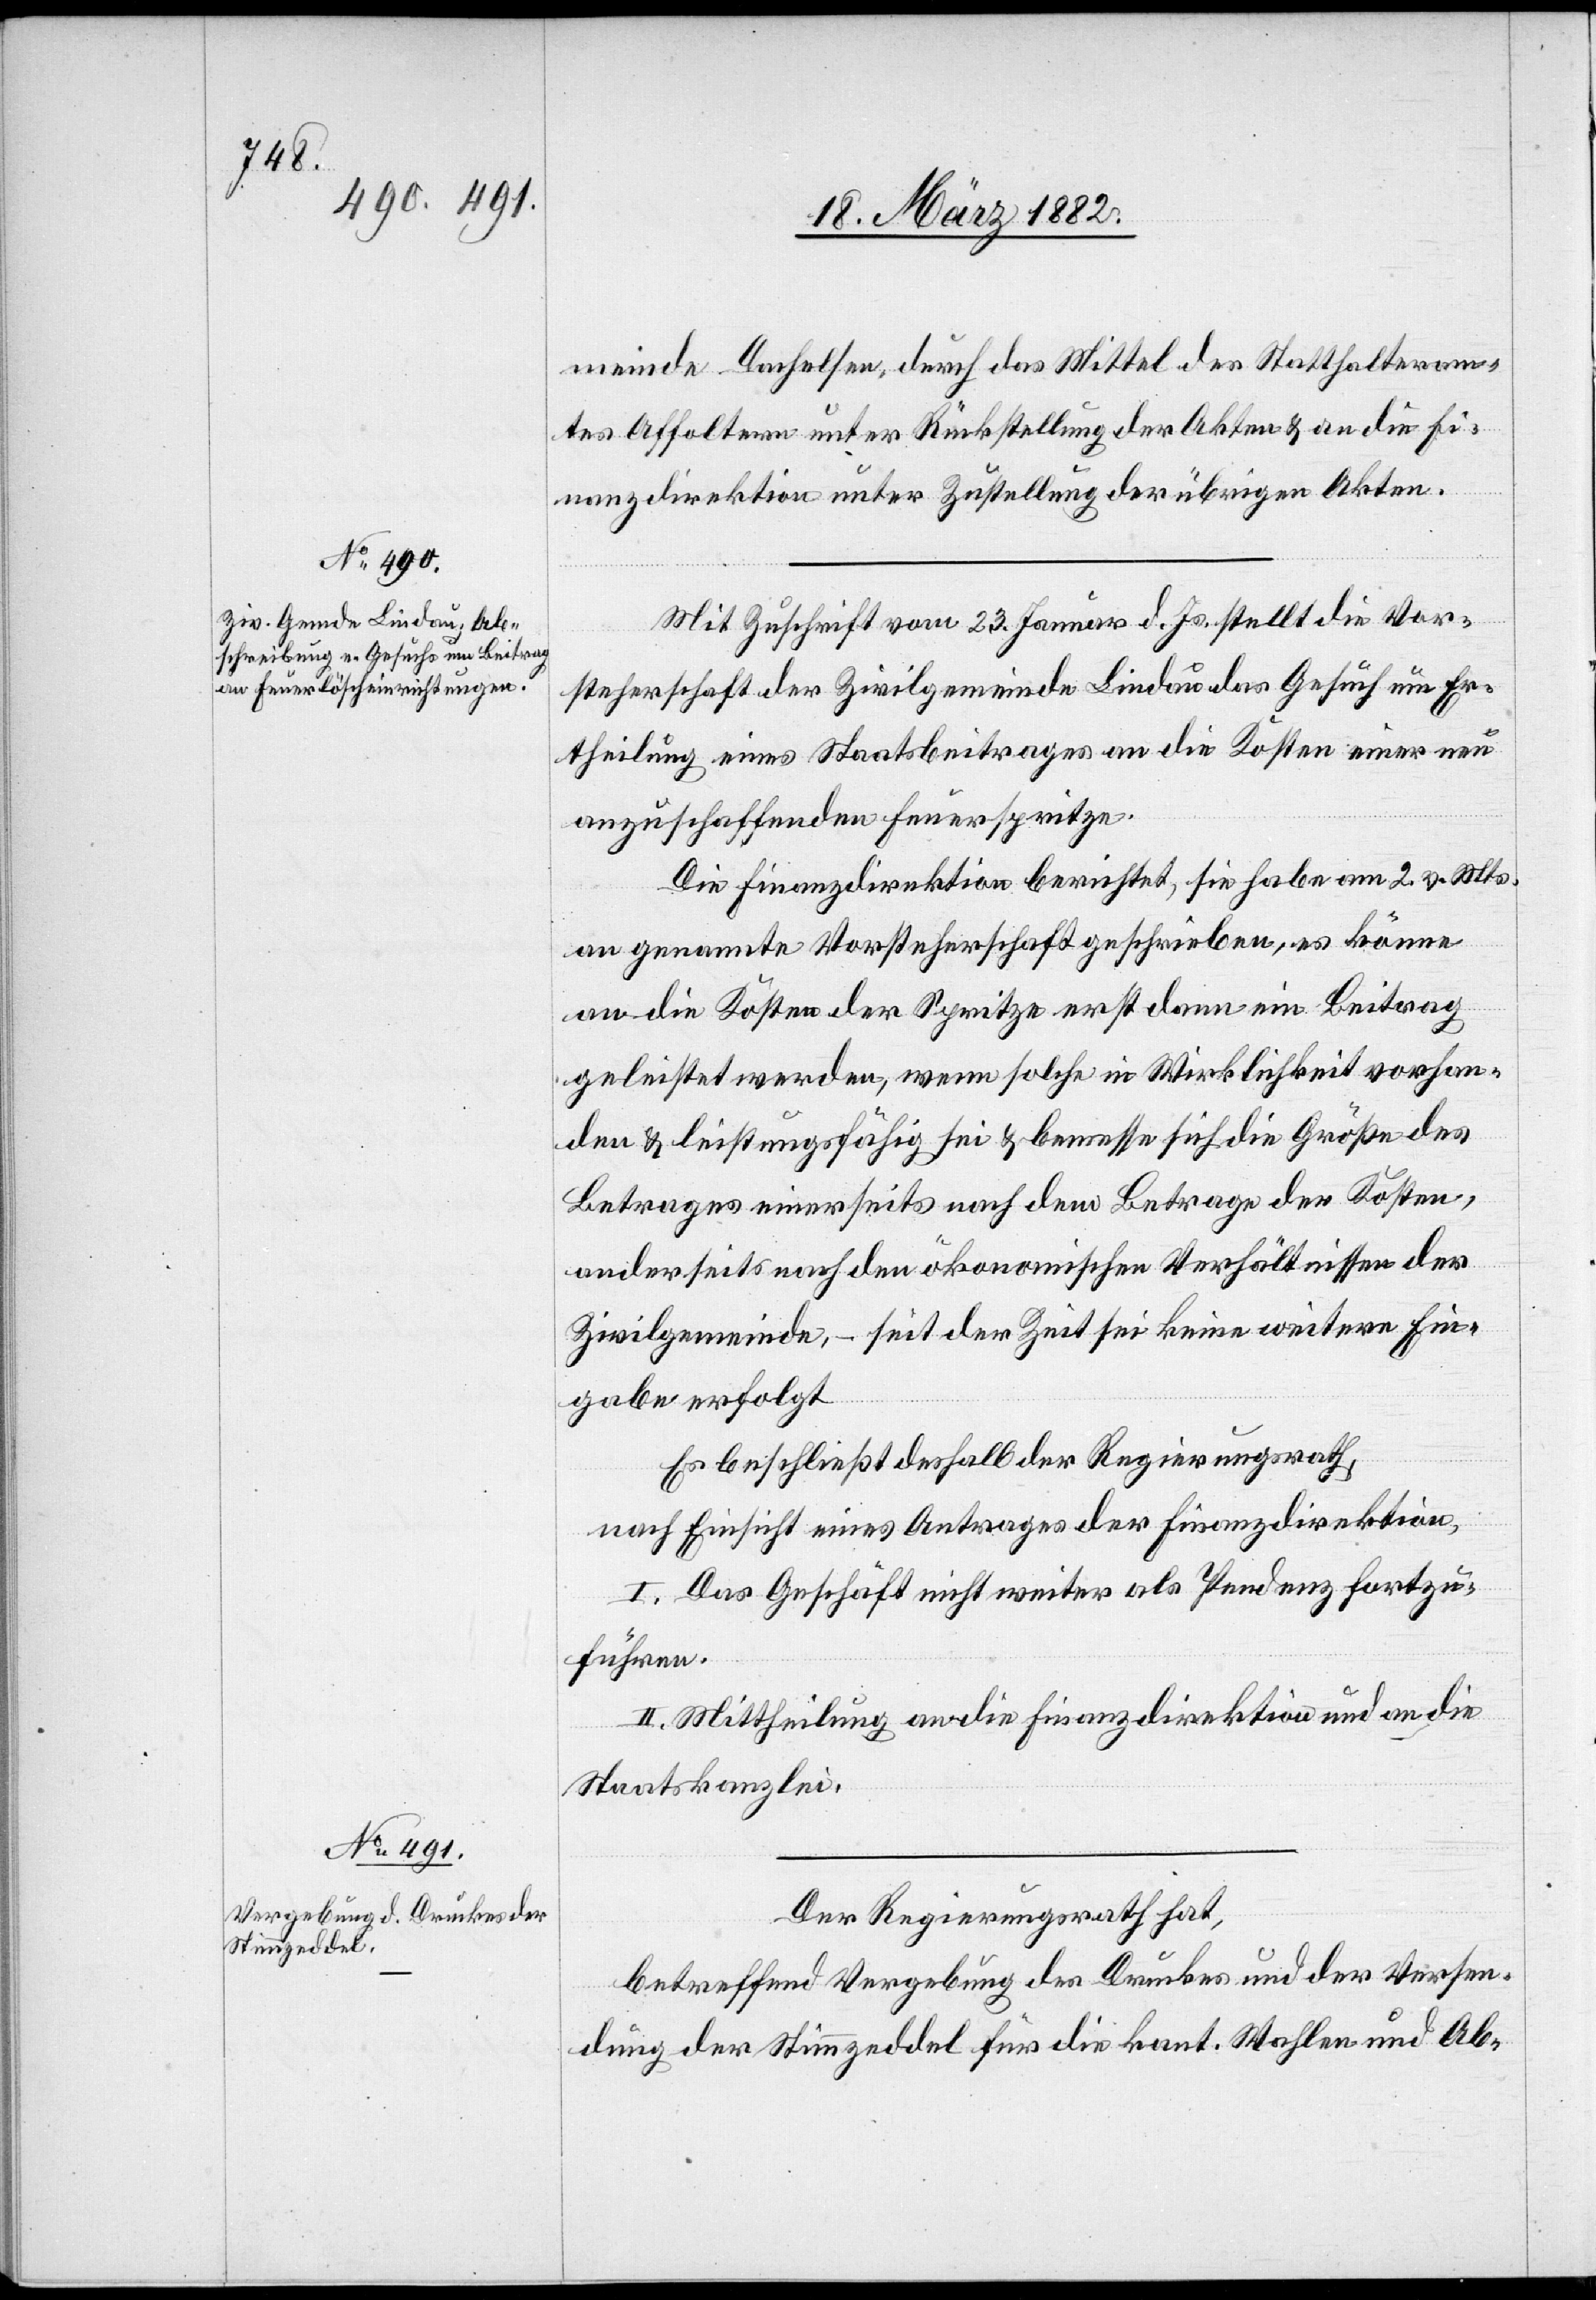
meinde Dachelsen, durch das Mittel des Statthalteram¬
tes Affoltern unter Rückstellung der Akten & an die Fi¬
nanzdirektion unter Zustellung der übrigen Akten.
Mit Zuschrift vom 23. Januar d. Js. stellt die Vor¬
steherschaft der Zivilgemeinde Lindau das Gesuch um Er¬
theilung eines Staatsbeitrages an die Kosten einer neu
anzuschaffenden Feuerspritze.
Die Finanzdirektion berichtet, sie habe am 2. v. Mts.
an genannte Vorsteherschaft geschrieben, es könne
an die Kosten der Spritze erst dann ein Beitrag
geleistet werden, wenn solche in Wirklichkeit vorhan¬
den & leistungsfähig sei & bemesse sich die Größe des
Betrages einerseits nach dem Betrage der Kosten,
anderseits nach den ökonomischen Verhältnissen der
Zivilgemeinde, – seit der Zeit sei keine weitere Ein¬
gabe erfolgt.
Es beschließt deshalb der Regierungsrath,
nach Einsicht eines Antrages der Finanzdirektion,
I. Das Geschäft nicht weiter als Pendenz fortzu¬
führen.
II. Mittheilung an die Finanzdirektion und an die
Staatskanzlei.
Der Regierungsrath hat,
betreffend Vergebung des Druckes und der Versen¬
dung der Stimmzeddel für die kant. Wahlen und Ab-